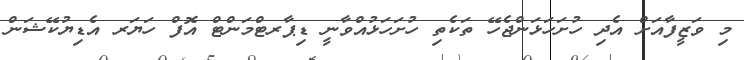
މި ވަޒީފާއަށް އެދި ހުށަހަޅަންޖެހޭ ތަކެތި ހުށަހަޅުއްވާނީ ޑިޕާރޓްމަންޓް އޮފް ހަޔަރ އެޑިޔުކޭޝަން